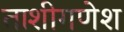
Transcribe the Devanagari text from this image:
ताशीगणेश